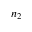
n _ { 2 }